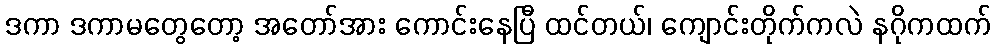
ဒကာ ဒကာမတွေတော့ အတော်အား ကောင်းနေပြီ ထင်တယ်၊ ကျောင်းတိုက်ကလဲ နဂိုကထက်